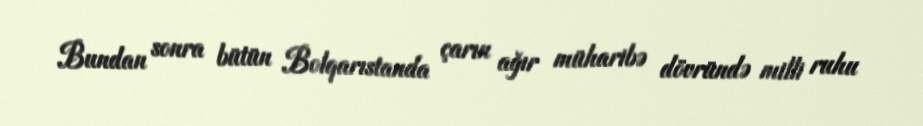
Bundan sonra bütün Bolqarıstanda çarın ağır müharibə dövründə milli ruhu